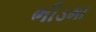
ભીડમા